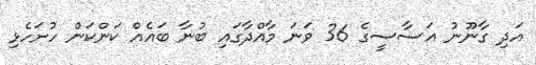
އަދި ގާނޫނު އަސާސީގެ 36 ވަނަ މާއްދާގައި ބުނާ ބައެއް ކަންކަން ހުށަހެޅި